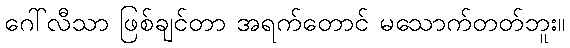
ဂေါ်လီသာ ဖြစ်ချင်တာ အရက်တောင် မသောက်တတ်ဘူး။